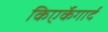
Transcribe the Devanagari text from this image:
किएर्केगार्द